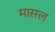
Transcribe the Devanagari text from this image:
मासल